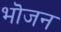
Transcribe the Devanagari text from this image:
भॊजन